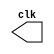
// -----------------------------------------
// - Guia 08 - Wender Zacarias Xavier - 427472
// - Clock.v
// - Cincia da Computao - 2Perodo
// ----------------------------------------- 

// -----------------------------------------
// Clock Generator
// -----------------------------------------
// -- modulo Clock

	module clock(clk);
		output clk;
		reg clk;
		
		initial
			begin
			clk = 1'b0;
			end
			
		always
			begin
			#12 clk = ~clk;
			end
			
	endmodule //clock